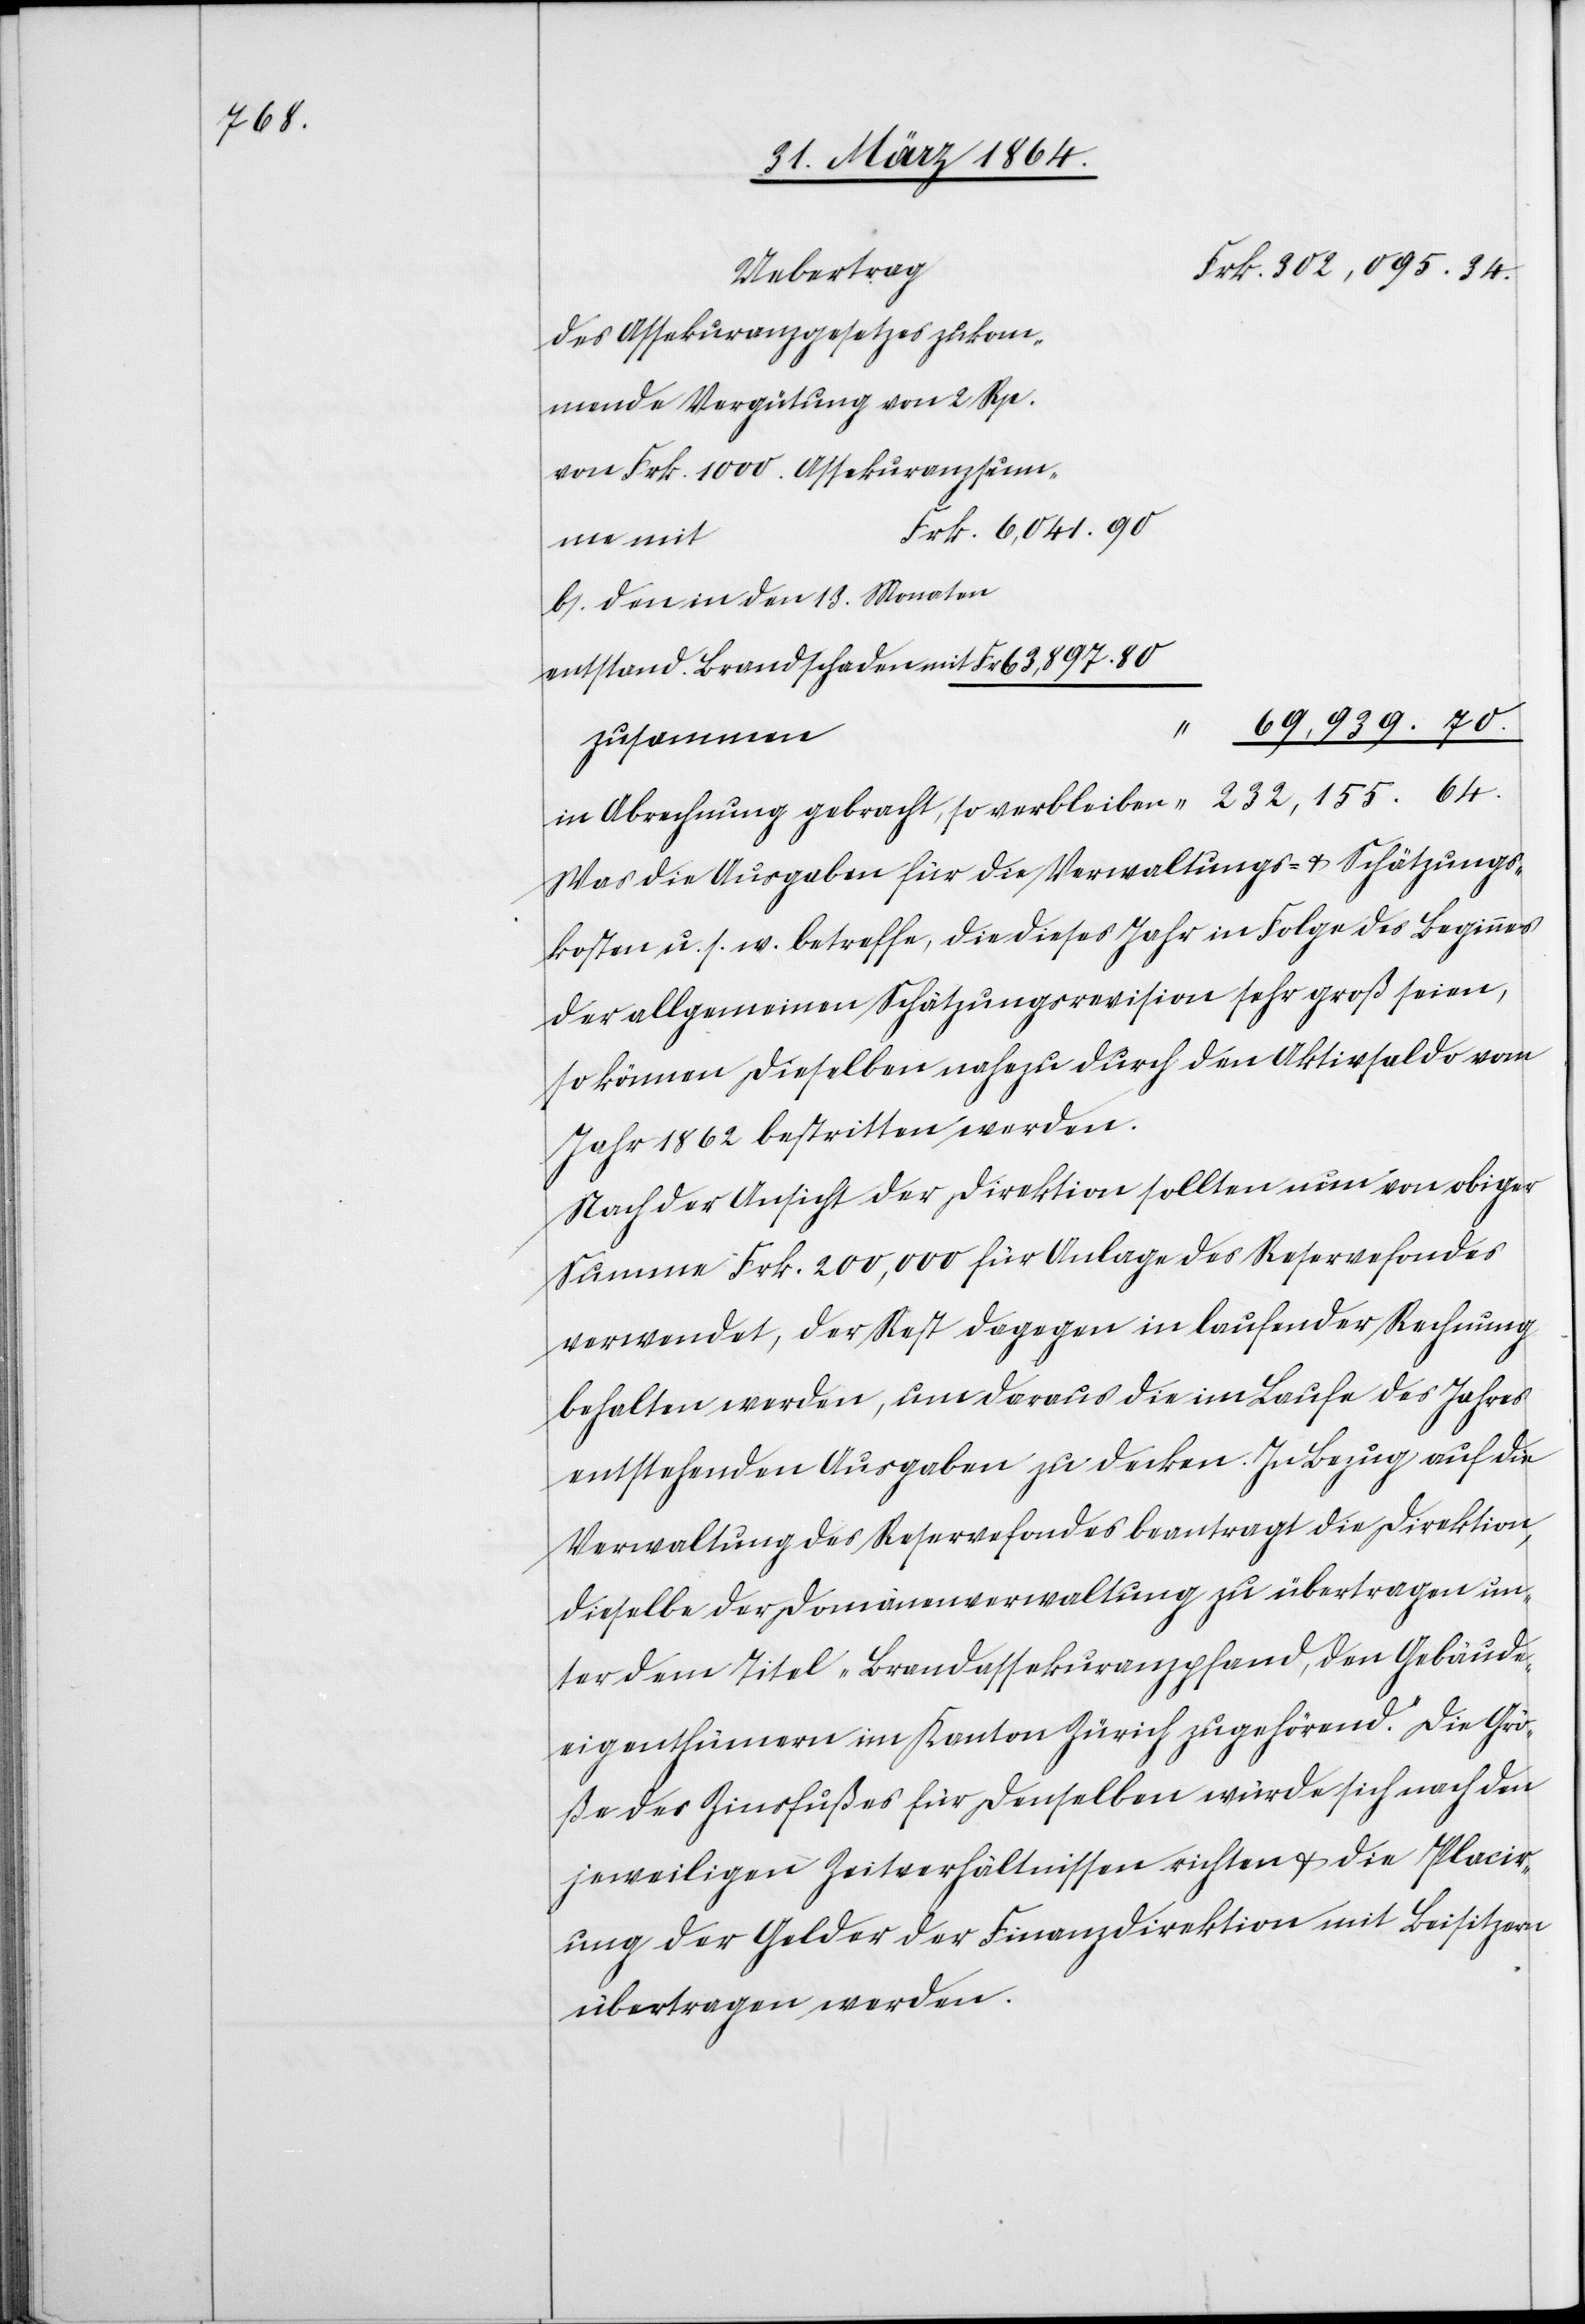
des Assekuranzgesetzes zukom¬
mende Vergütung von 2 Rp.
von Frk. 1000. Assekuranzsum¬
Frk. 6,041.90
men mit
b.) den in den 13. Monaten
entstand. Brandschaden mit		Fr. 63,897.80
“ 69,939.70.
in Abrechnung gebracht, so verbleiben					 “ 232,155.64.
Was die Ausgaben für die Verwaltungs- u. Schätzungs¬
kosten u. s. w. betreffe, die dieses Jahr in Folge des Beginnes
der allgemeinen Schätzungsrevision sehr groß seien,
so können dieselben nahezu durch den Aktivsaldo vom
Jahr 1862 bestritten werden.
Nach der Ansicht der Direktion sollten nun von obiger
Summe Frk. 200,000 für Anlage des Reservefondes
verwendet, der Rest dagegen in laufender Rechnung
behalten werden, um daraus die im Laufe des Jahres
entstehenden Ausgaben zu decken. In Bezug auf die
Verwaltung des Reservefondes beantragt die Direktion,
dieselbe der Domänenverwaltung zu übertragen un¬
ter dem Titel „Brandassekuranzpfand, den Gebäude¬
eigenthümern im Kanton Zürich zugehörend.“ Die Grö¬
ße des Zinsfußes für denselben würde sich nach den
jeweiligen Zeitverhältnissen richten u. die Placir¬
ung der Gelder der Finanzdirektion mit Beisitzern
übertragen werden.